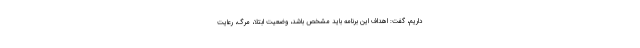
داریم، گفت: اهداف این برنامه باید مشخص باشد، وضعیت ابتلا، مرگ، رعایت